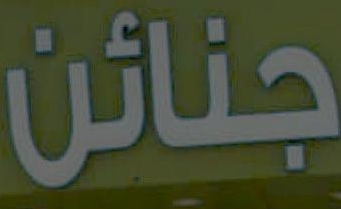
جنائن